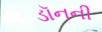
ડૉનની